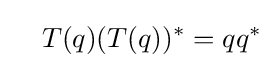
\quad T(q)(T(q))^{*}=qq^{*}